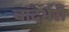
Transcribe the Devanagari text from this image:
चांदभैरी